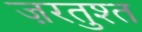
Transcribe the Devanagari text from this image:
ज़रतुश्त